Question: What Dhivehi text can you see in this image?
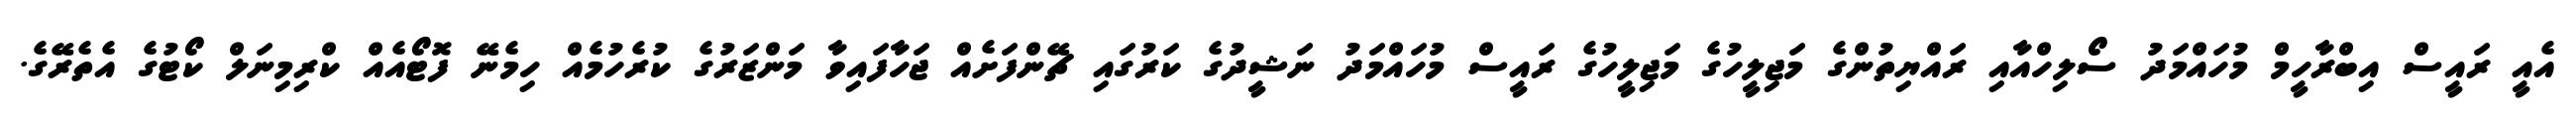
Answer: އެއީ ރައީސް އިބްރާހީމް މުހައްމަދު ސޯލިހްއާއި ރައްޔިތުންގެ މަޖިލީހުގެ މަޖިލީހުގެ ރައީސް މުހައްމަދު ނަޝީދުގެ ކަރުގައި ޗޭންފަށެއް ޖަހާފައިވާ މަންޒަރުގެ ކުރެހުމެއް ހިމެނޭ ފޮޓޯއެއް ކްރިމިނަލް ކޯޓުގެ އެތެރޭގެ.